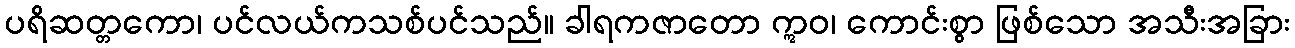
ပရိဆတ္တကော၊ ပင်လယ်ကသစ်ပင်သည်။ ခါရကဇာတော ဣဝ၊ ကောင်းစွာ ဖြစ်သော အသီးအခြား